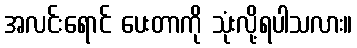
အလင်းရောင် ပေးတာကို သုံးလို့ရပါသလား။